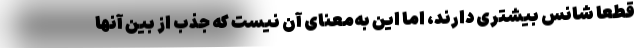
قطعاً شانس بیشتری دارند، اما این به‌معنای آن نیست که جذب از بین آنها